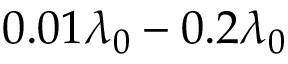
0 . 0 1 \lambda _ { 0 } - 0 . 2 \lambda _ { 0 }